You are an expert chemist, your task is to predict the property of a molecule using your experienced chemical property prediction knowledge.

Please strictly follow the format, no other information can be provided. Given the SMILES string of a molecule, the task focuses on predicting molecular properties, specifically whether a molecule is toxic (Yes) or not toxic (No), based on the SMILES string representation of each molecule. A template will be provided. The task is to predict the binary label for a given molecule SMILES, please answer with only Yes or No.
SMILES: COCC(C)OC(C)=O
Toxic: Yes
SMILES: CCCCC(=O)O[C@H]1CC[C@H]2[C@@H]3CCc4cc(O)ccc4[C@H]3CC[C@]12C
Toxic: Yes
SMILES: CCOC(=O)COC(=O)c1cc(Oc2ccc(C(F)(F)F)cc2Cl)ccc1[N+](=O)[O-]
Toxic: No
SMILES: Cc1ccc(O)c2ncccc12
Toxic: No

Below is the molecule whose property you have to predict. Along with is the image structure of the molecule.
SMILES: O=c1[nH]cnc2ccccc12
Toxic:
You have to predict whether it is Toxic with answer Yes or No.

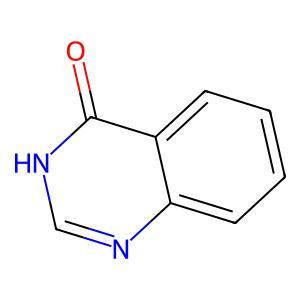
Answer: No